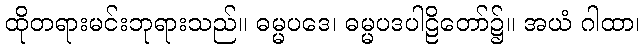
ထိုတရားမင်းဘုရားသည်။ ဓမ္မပဒေ၊ ဓမ္မပဒပါဠိတော်၌။ အယံ ဂါထာ၊